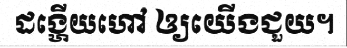
ដង្ហើយហៅ ឲ្យយើងជួយ។